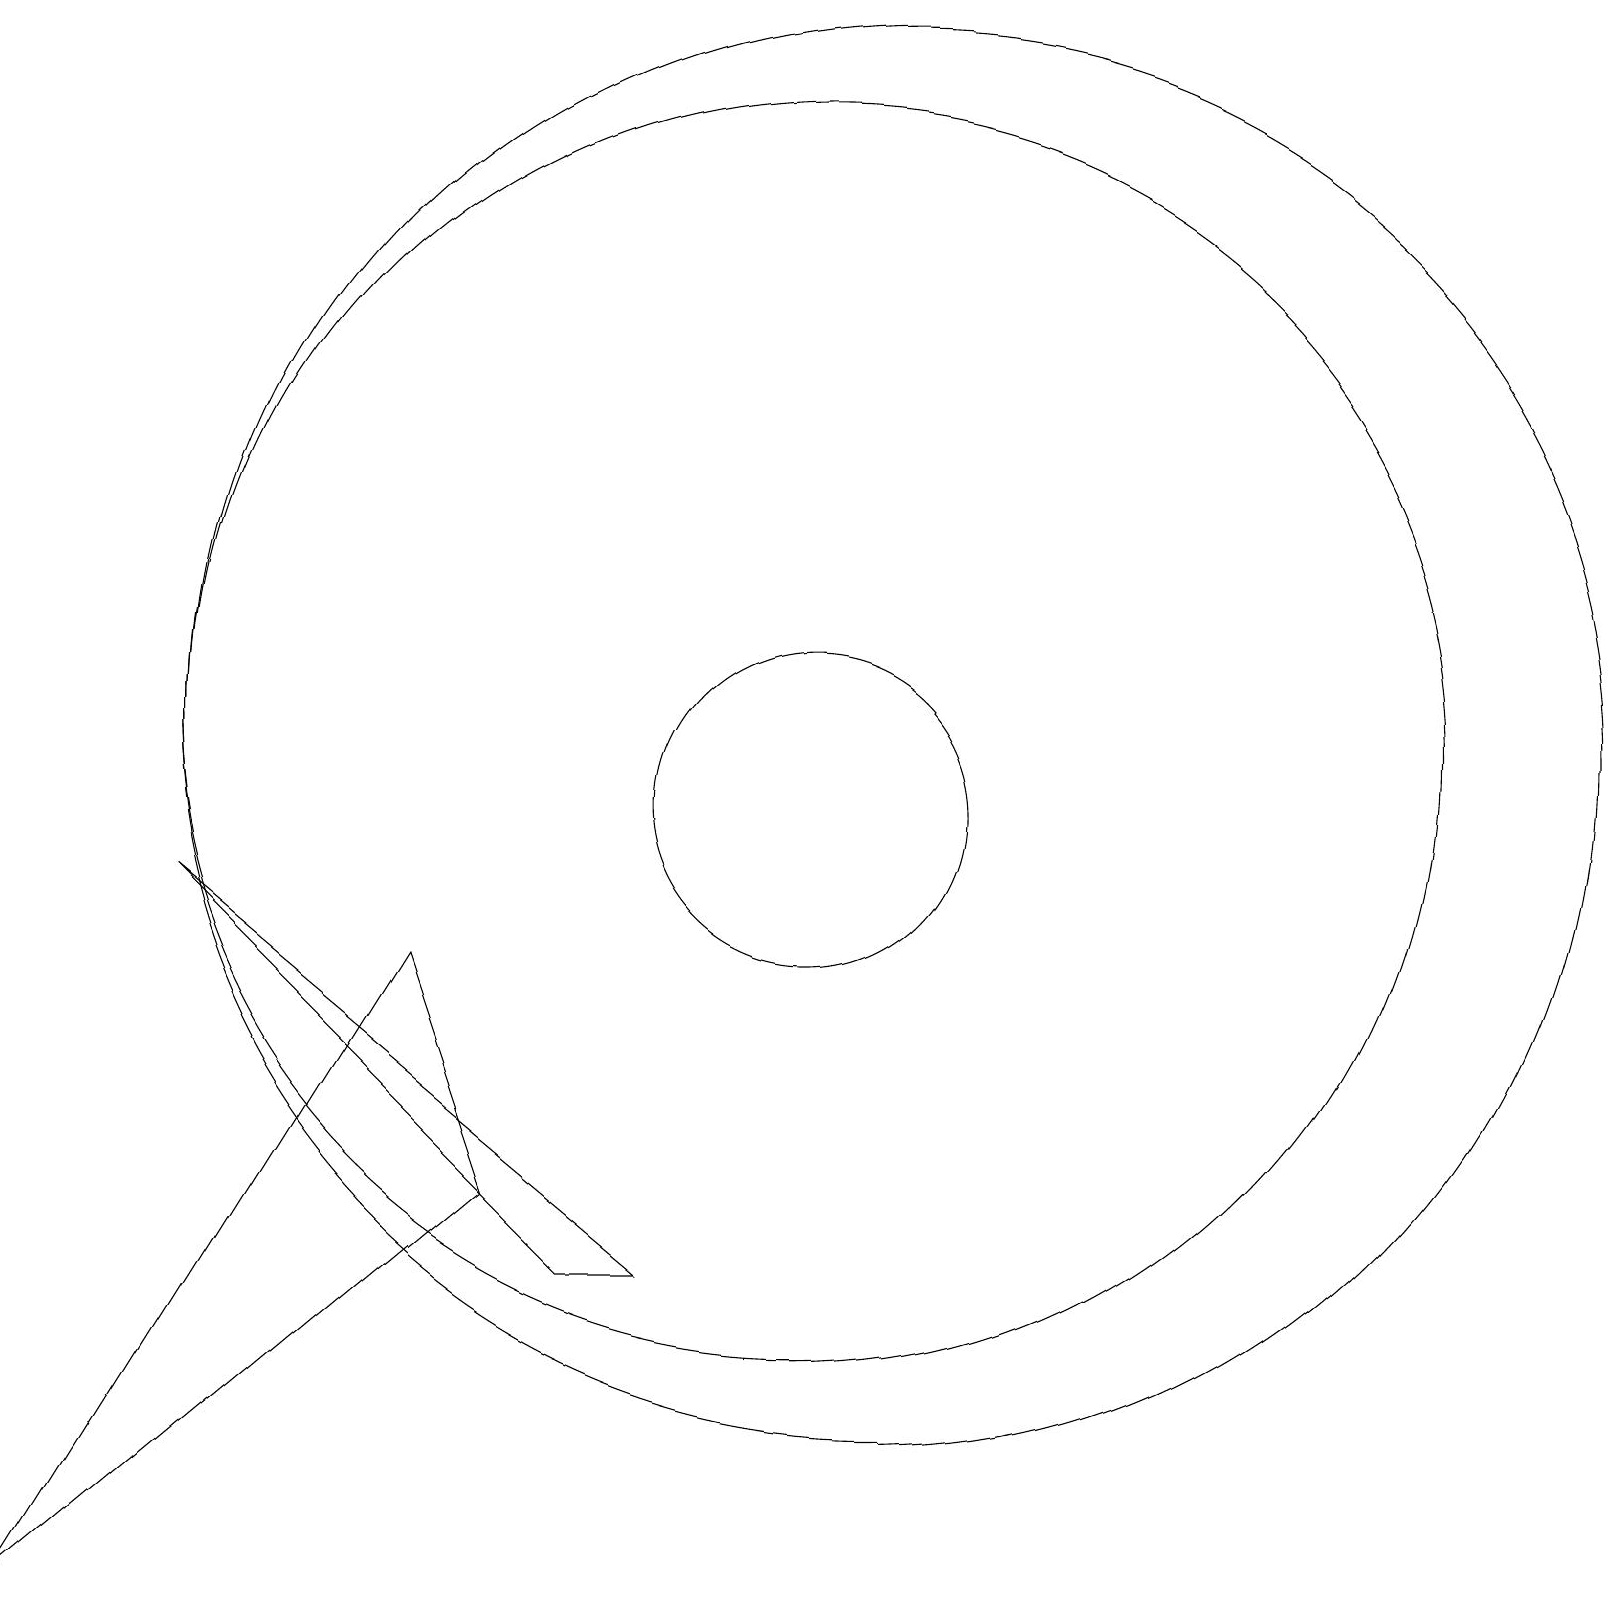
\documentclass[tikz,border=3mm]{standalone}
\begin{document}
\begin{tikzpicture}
\draw (2,9) -- (8,4) -- (7,4) -- cycle;
\draw (5,8) -- (6,5) -- (0,0) -- cycle;
\draw (10,11) circle (8);
\draw (10,10) circle (2);
\draw (11,11) circle (9);
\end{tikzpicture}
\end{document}